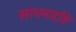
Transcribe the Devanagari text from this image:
साधनादृष्टि